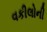
વકીલોની